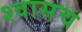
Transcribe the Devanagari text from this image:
श्वासच